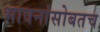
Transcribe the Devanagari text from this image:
भावनांसोबतच